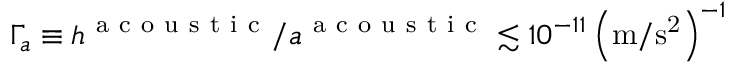
\Gamma _ { a } \equiv h ^ { \mathrm { ~ a ~ c ~ o ~ u ~ s ~ t ~ i ~ c ~ } } / a ^ { \mathrm { ~ a ~ c ~ o ~ u ~ s ~ t ~ i ~ c ~ } } \lesssim 1 0 ^ { - 1 1 } \left( \mathrm { m / s ^ { 2 } } \right) ^ { - 1 }